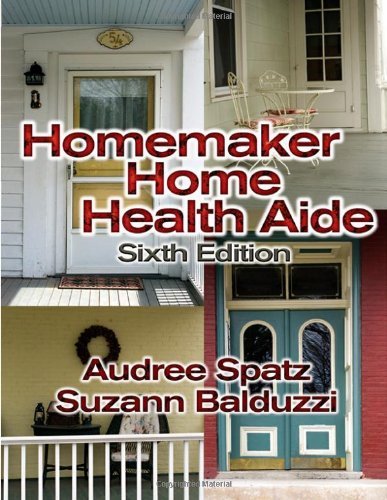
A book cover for Homemaker Home Health Aide: 6th (Sixth) Edition; Medical Books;